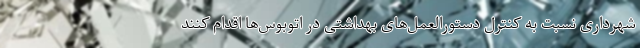
شهرداری نسبت به کنترل دستورالعمل‌های بهداشتی در اتوبوس‌ها اقدام کنند